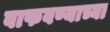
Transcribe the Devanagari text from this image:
वाफवण्याच्या